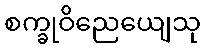
စက္ခုဝိညေယျေသု